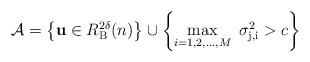
LaTeX: \begin{align*}{\mathcal A} = \left\{{\mathbf u} \in R^{2\delta}_{\rm B}(n)\right\} \cup \left\{\max_{i=1,2,\ldots,M} ~\sigma_{\rm j,i}^2 > c\right\}\end{align*}